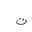
Letter: _ta